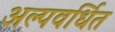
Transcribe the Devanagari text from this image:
अल्पवर्धित